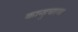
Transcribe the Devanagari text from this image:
कान्हुचरण